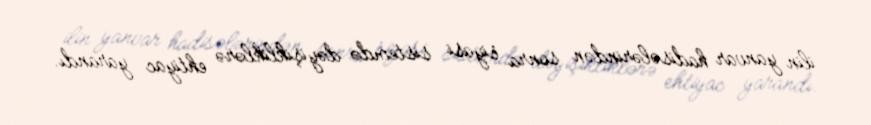
ilin yanvar hadisələrindən sonra siyasi sistemdə dəyişikliklərə ehtiyac yarandı.